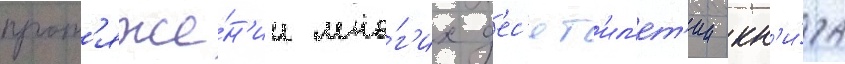
прот'яже́н'ии мно́г'их д'ес'ят'ил'ет'ии кн'и́га